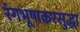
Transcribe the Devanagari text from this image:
रंगभूषाकरसुद्धा